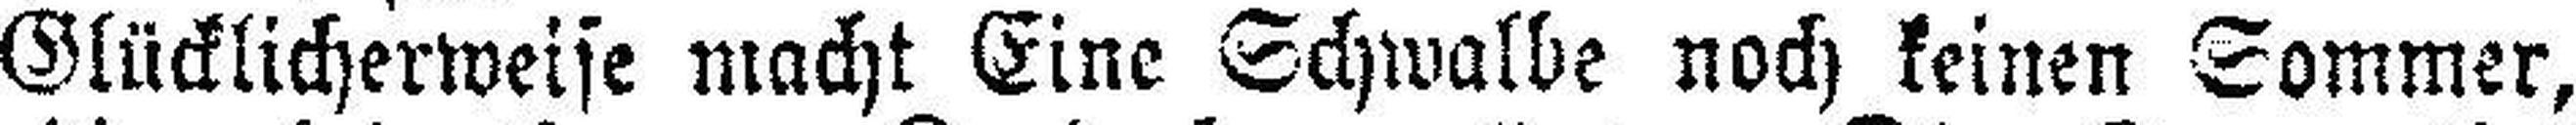
Glücklicherweise macht Eine Schwalbe noch keinen Sommer,